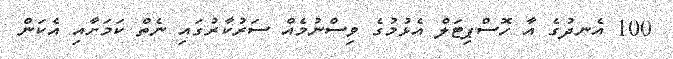
100 އެނދުގެ އާ ހޮސްޕިޓަލް އެޅުމުގެ ވިސްނުމެއް ސަރުކާރުގައި ނެތް ކަމަށާއި އެކަން